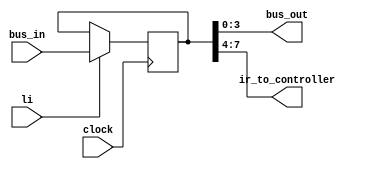
module instruction_register (
	input clock,
	input li,
	input [7:0] bus_in,
	output [3:0] bus_out,
	output [3:0] ir_to_controller
);
	reg [7:0] data;

	always @(posedge clock) begin
		if(li) data <= bus_in;
	end

	assign ir_to_controller = data[7:4];
	assign bus_out = data[3:0];

endmodule